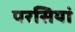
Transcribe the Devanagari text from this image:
परसियां